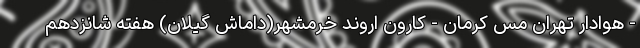
- هوادار تهران مس کرمان - کارون اروند خرمشهر(داماش گیلان) هفته شانزدهم